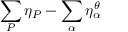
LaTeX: \sum _ { P } \eta _ { P } - \sum _ { \alpha } \eta _ { \alpha } ^ { \theta }